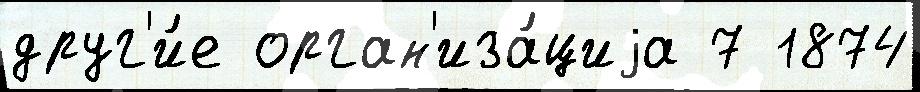
друг'и́е орган'иза́циjа 7 1874